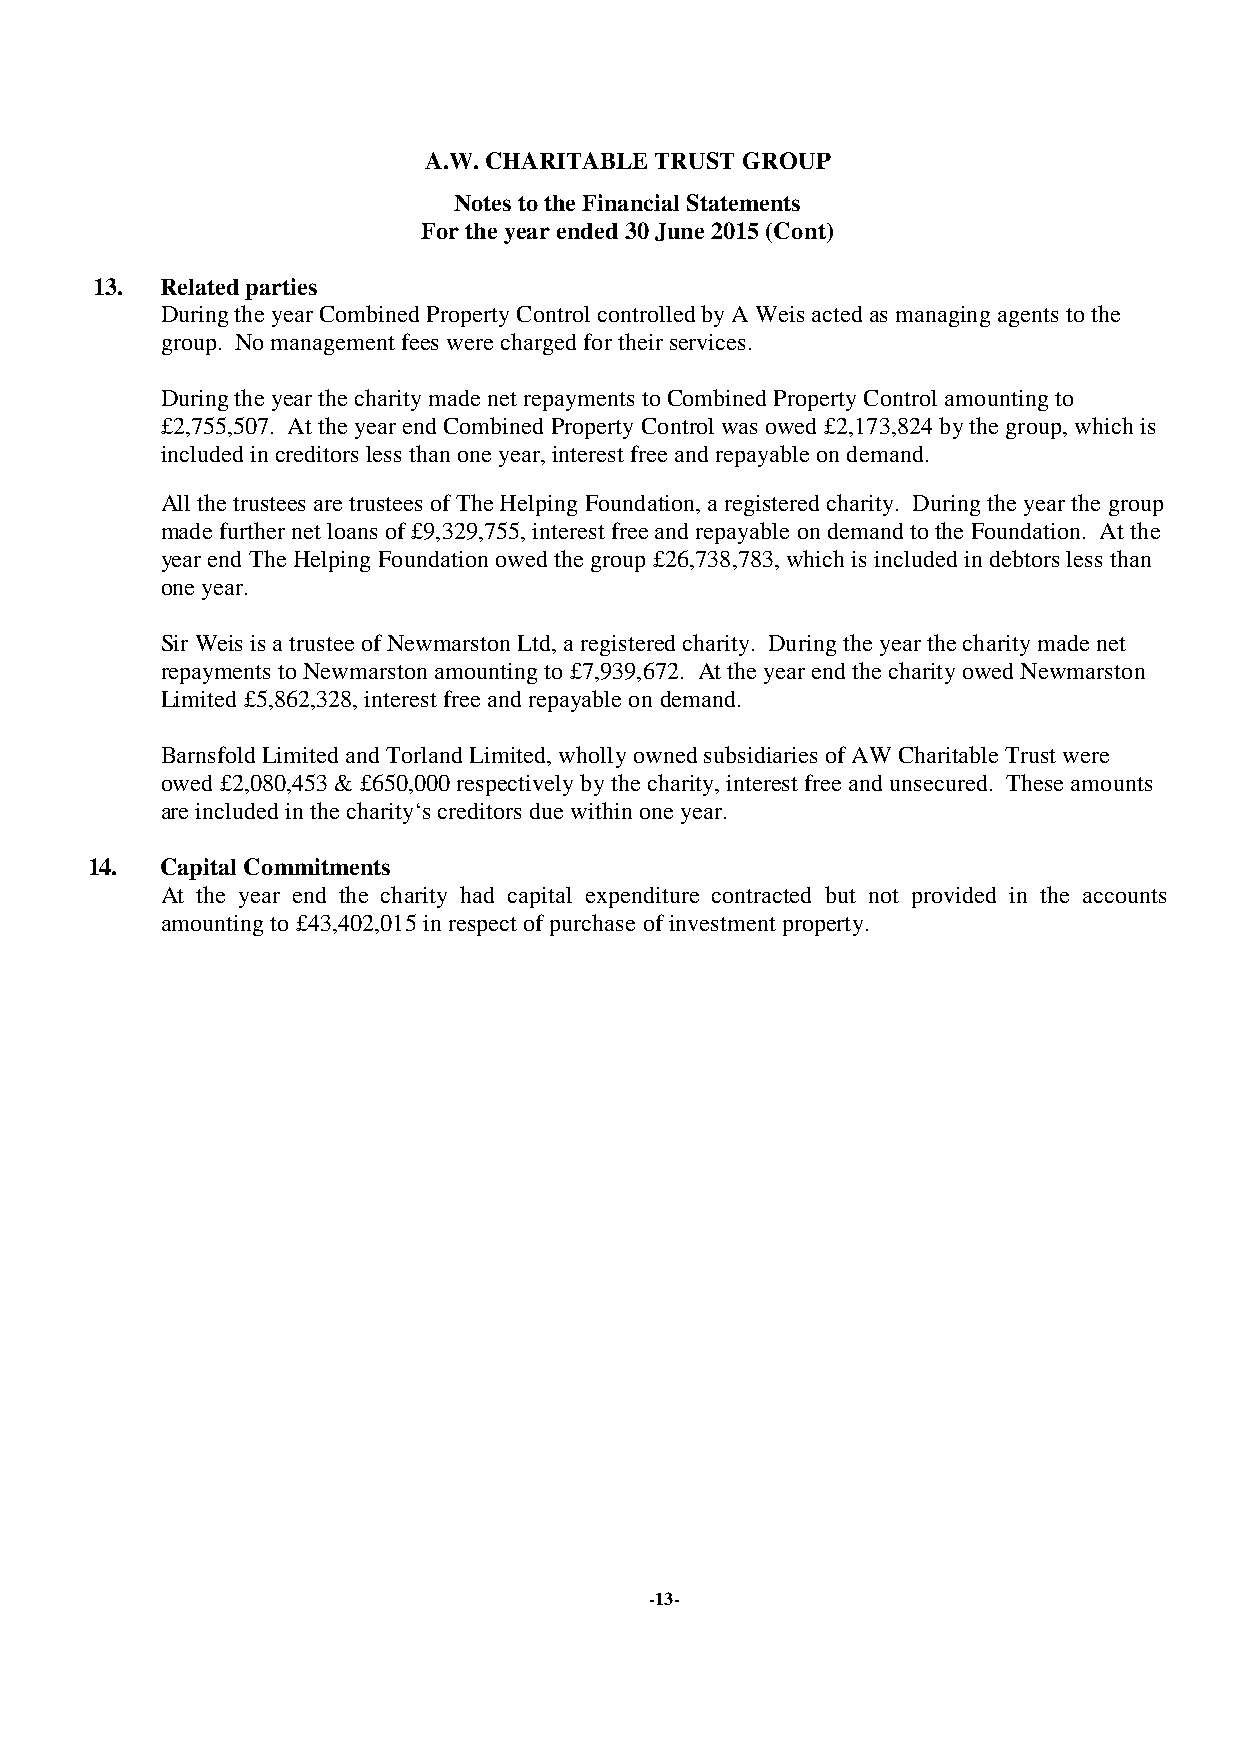
A.W. CHARITABLE TRUST GROUP
 Notes to the Financial Statements
 For the year ended 30 June 2015 (Cont)
 13.  Related parties
 During the year Combined Property Control controlled by A Weis acted as managing agents to the
 group. No management fees were charged for their services.
 During the year the charity made net repayments to Combined Property Control amounting to
 £2,755,507. At the year end Combined Property Control was owed £2,173,824 by the group, which is
 included in creditors less than one year, interest free and repayable on demand.
 All the trustees are trustees of The Helping Foundation, a registered charity. During the year the group
 made further net loans of £9,329,755, interest free and repayable on demand to the Foundation. At the
 year end The Helping Foundation owed the group £26,738,783, which is included in debtors less than
 one year.
 Sir Weis is a trustee of Newmarston Ltd, a registered charity. During the year the charity made net
 repayments to Newmarston amounting to £7,939,672. At the year end the charity owed Newmarston
 Limited £5,862,328, interest free and repayable on demand.
 Barnsfold Limited and Torland Limited, wholly owned subsidiaries of AW Charitable Trust were
 owed £2,080,453 & £650,000 respectively by the charity, interest free and unsecured. These amounts
 are included in the charity‘s creditors due within one year.
 14.  Capital Commitments
 At the year end the charity had capital expenditure contracted but not provided in the accounts
 amounting to £43,402,015 in respect of purchase of investment property.
 -13-